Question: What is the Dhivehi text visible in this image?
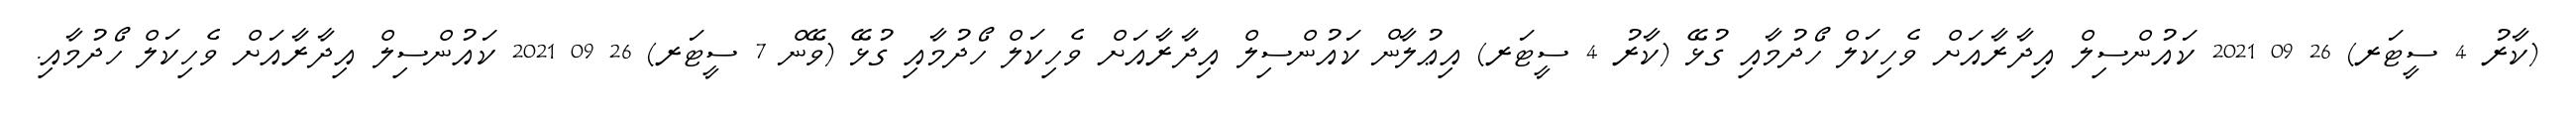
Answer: (ކާރު 4 ސީޓަރ) 26 09 2021 ކައުންސިލް އިދާރާއަށް ވެހިކަލް ހޯދުމާއި ގުޅޭ (ކާރު 4 ސީޓަރ) އިޢުލާން ކައުންސިލް އިދާރާއަށް ވެހިކަލް ހޯދުމާއި ގުޅޭ (ވޭން 7 ސީޓަރ) 26 09 2021 ކައުންސިލް އިދާރާއަށް ވެހިކަލް ހޯދުމާއި.